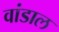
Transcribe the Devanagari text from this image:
वांडाल